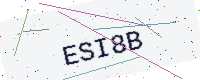
Text: ESI8B